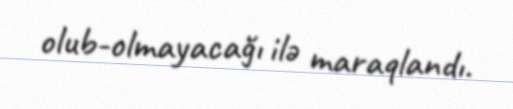
olub-olmayacağı ilə maraqlandı.